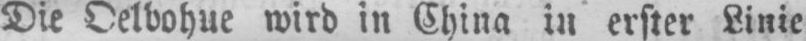
Die Oelbohue wird in China in erster Linie